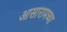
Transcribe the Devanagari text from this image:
आसारामच्या